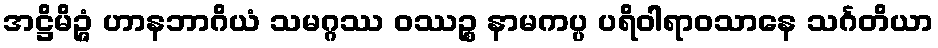
အဋ္ဌိမိဉ္ဇံ ဟာနဘာဂိယံ သမဂ္ဂဿ ဝဿဉ္စ နာမကပ္ပ ပရိဝါရာဝသာနေ သင်္ဂတိယာ